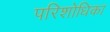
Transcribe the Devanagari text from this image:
परिशोधिका